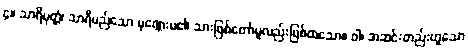
၄။ သာရိပုတ္တံ၊ သာရီမည်သော ပုဏ္ဏေးမ၏ သားဖြစ်တော်မူလည်းဖြစ်ထသော။ ဝါ၊ အဆင်းတည်းဟူသော